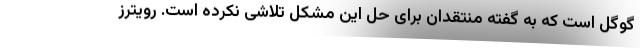
گوگل است که به گفته منتقدان برای حل این مشکل تلاشی نکرده است. رویترز